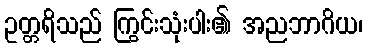
ဥတ္တရိသည် ကြွင်းသုံးပါး၏ အညဘာဂိယ၊